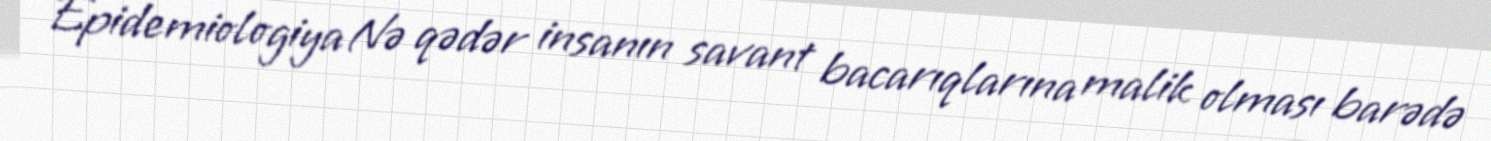
Epidemiologiya Nə qədər insanın savant bacarıqlarına malik olması barədə